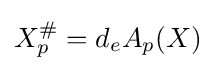
X_{p}^{\#}=d_{e}A_{p}(X)